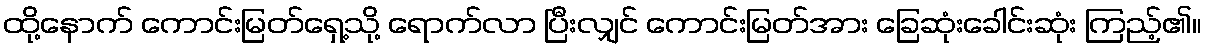
ထို့နောက် ကောင်းမြတ်ရှေ့သို့ ရောက်လာ ပြီးလျှင် ကောင်းမြတ်အား ခြေဆုံးခေါင်းဆုံး ကြည့်၏။